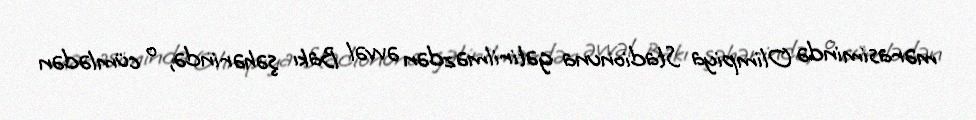
mərasimində Olimpiya Stadionuna gətirilməzdən əvvəl Bakı şəhərində, o cümlədən